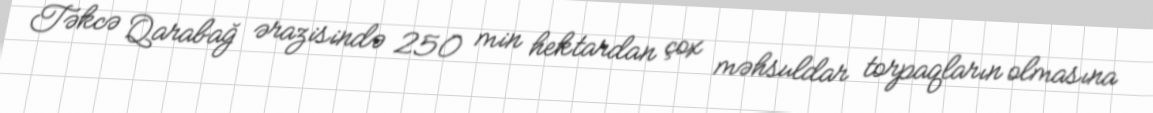
Təkcə Qarabağ ərazisində 250 min hektardan çox məhsuldar torpaqların olmasına